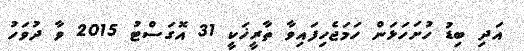
އަދި ބިޑު ހުށަހަޅަން ހަމަޖެހިފައިވާ ތާރީޚަކީ 31 އޮގަސްޓު 2015 ވާ ދުވަހު